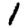
Digit: 1